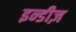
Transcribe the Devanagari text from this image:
इन्डीज़